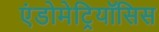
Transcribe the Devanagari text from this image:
एंडोमेट्रियॉसिस